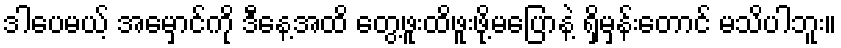
ဒါပေမယ့် အမှောင်ကို ဒီနေ့အထိ တွေ့ဖူးထိဖူးဖို့မပြောနဲ့ ရှိမှန်းတောင် မသိပါဘူး။